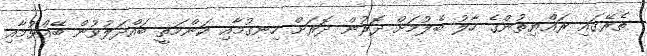
ތެރޭގައި ރައްޔިތުންގެ ހާލު ބެލުމަށް ދޮރުން ދޮރަށް ހިނގުމާއި ކަންމަތީ ބައްދަލުވުން ބޭއްވުމާއި